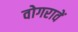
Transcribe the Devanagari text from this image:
वोगरावें